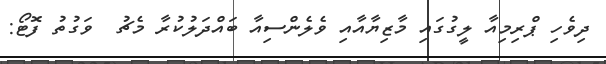
ދިވެހި ޕްރިމިއާ ލީގުގައި މާޒިޔާއާއި ވެލެންސިއާ ބައްދަލުކުރާ މެޗު  ވަގުތު ފޮޓޯ: